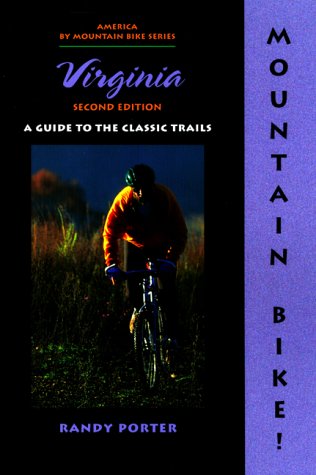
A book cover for Mountain Bike! Virginia, 2nd (America by Mountain Bike - Menasha Ridge); Randy Porter; Travel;